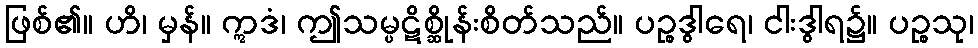
ဖြစ်၏။ ဟိ၊ မှန်။ ဣဒံ၊ ဤသမ္ပဋိစ္ဆိုန်းစိတ်သည်။ ပဉ္စဒွါရေ၊ ငါးဒွါရ၌။ ပဉ္စသု၊